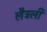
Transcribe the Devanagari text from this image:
लैट्रली